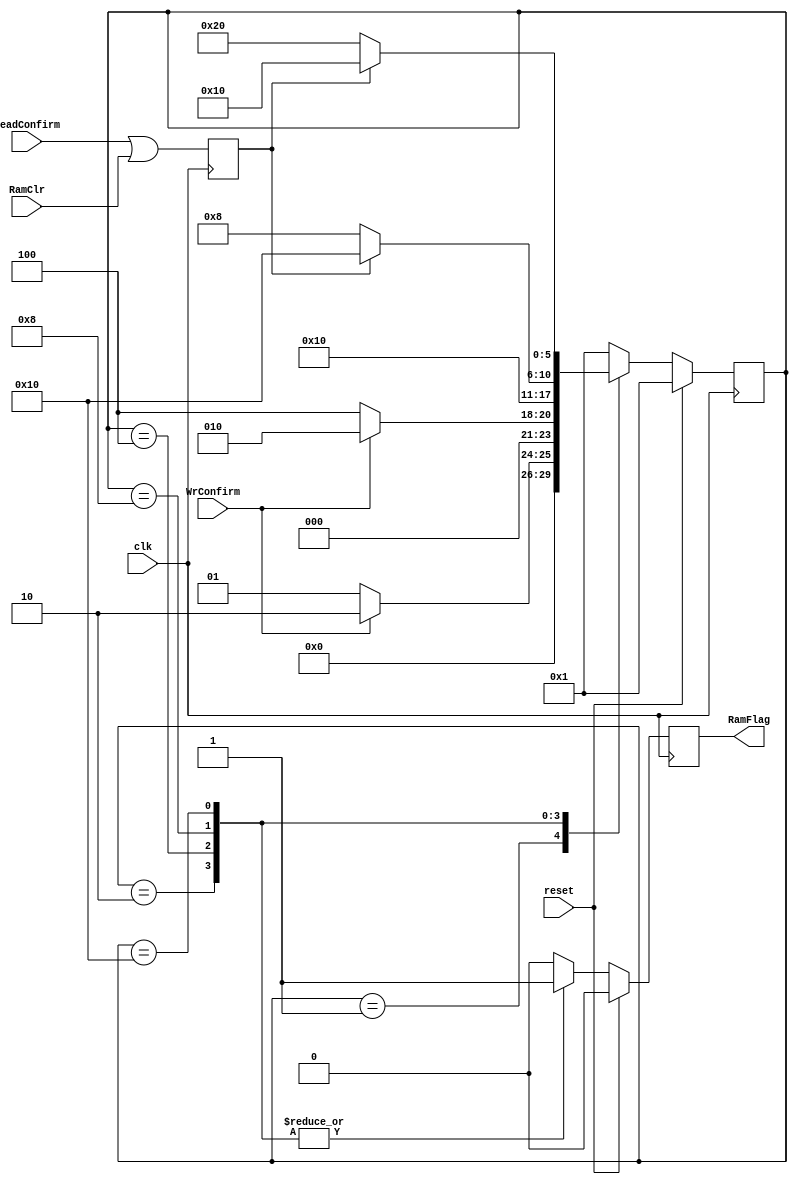
`timescale 1ns / 1ps

// ALICE/PHOS SRU
// Equivalent SRU = SRUV3FM2015071611_EMCal
// Fan Zhang. 16 July 2015

module DtcRamMgt(
		input reset,
		input clk,
		input WrConfirm,
		input ReadConfirm,
		input RamClr,
		output reg RamFlag = 1'b0
    );

reg ReadConfirm_i = 1'b0;

always @(posedge clk)
ReadConfirm_i <= ReadConfirm | RamClr;

parameter WriteWait_st 	= 6'b00_0001;
parameter Write_st 		= 6'b00_0010;
parameter WriteCfm_st 	= 6'b00_0100;
parameter ReadWait_st 	= 6'b00_1000;
parameter Read_st 		= 6'b01_0000;
parameter ReadCfm_st 	= 6'b10_0000;

reg [5:0] st = WriteWait_st;
   (* FSM_ENCODING="ONE-HOT", SAFE_IMPLEMENTATION="YES", SAFE_RECOVERY_STATE="6'b00_0001" *) 

always @(posedge clk)
if(reset)
begin
RamFlag <= 1'b0;
st <= WriteWait_st;
end else case(st)
WriteWait_st : begin
RamFlag <= 1'b0;

if(WrConfirm)
st <= Write_st;
else
st <= WriteWait_st;
end

Write_st : begin
RamFlag <= 1'b1;

if(WrConfirm)
st <= Write_st;
else
st <= WriteCfm_st;
end

WriteCfm_st : begin
RamFlag <= 1'b1;
st <= ReadWait_st;
end

ReadWait_st : begin
RamFlag <= 1'b1;
if(ReadConfirm_i)
st <= Read_st;
else
st <= ReadWait_st;
end

Read_st : begin
RamFlag <= 1'b1;
if(ReadConfirm_i)
st <= Read_st;
else
st <= ReadCfm_st;
end

ReadCfm_st : begin
RamFlag <= 1'b0;
st <= WriteWait_st;
end

default : begin
RamFlag <= 1'b0;
st <= WriteWait_st;
end
endcase

endmodule